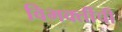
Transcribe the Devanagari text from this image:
विभक्तींची